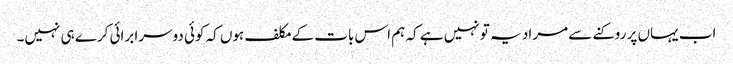
اب یہاں پر روکنے سے مراد یہ تو نہیں ہے کہ ہم اس بات کے مکلف ہوں کہ کوئی دوسرا برائی کرے ہی نہیں۔